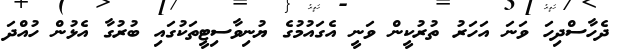
ދެހާސްދިހަ ވަނަ އަހަރު ތުރުކީން ވަނީ އެގައުމުގެ ޔުނިވާސިޓީތަކުގައި ބުރުގާ އެޅުން ހުއްދަ